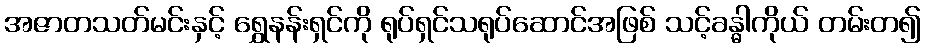
အဇာတသတ်မင်းနှင့် ရွှေနန်းရှင်ကို ရုပ်ရှင်သရုပ်ဆောင်အဖြစ် သင့်ခန္ဓါကိုယ် တမ်းတ၍